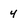
Character: 4